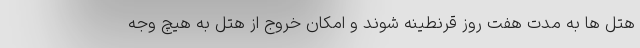
هتل ها به مدت هفت روز قرنطینه شوند و امکان خروج از هتل به هیچ وجه